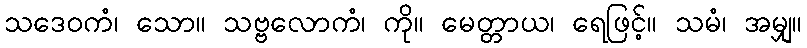
သဒေဝကံ၊ သော။ သဗ္ဗလောကံ၊ ကို။ မေတ္တာယ၊ ရေဖြင့်။ သမံ၊ အမျှ။